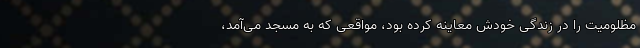
مظلومیت را در زندگی خودش معاینه کرده بود، مواقعی که به مسجد می‌آمد،